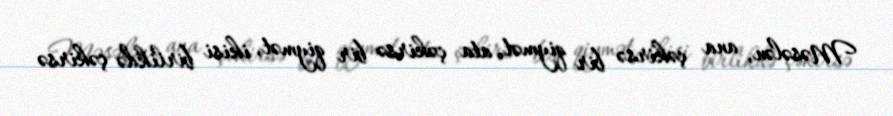
Məsələn, ana çəkirsə bir qiymət, ata çəkirsə bir qiymət, ikisi birlikdə çəkirsə